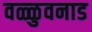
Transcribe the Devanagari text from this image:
वळ्ळुवनाड